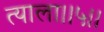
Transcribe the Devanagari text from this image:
त्याला।।५।।